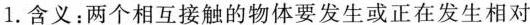
1.含义：两个相互接触的物体要发生或正在发生相对